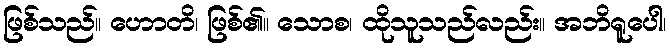
ဖြစ်သည်။ ဟောတိ၊ ဖြစ်၏။ သောစ၊ ထိုသူသည်လည်း။ အဘိရူပေါ၊